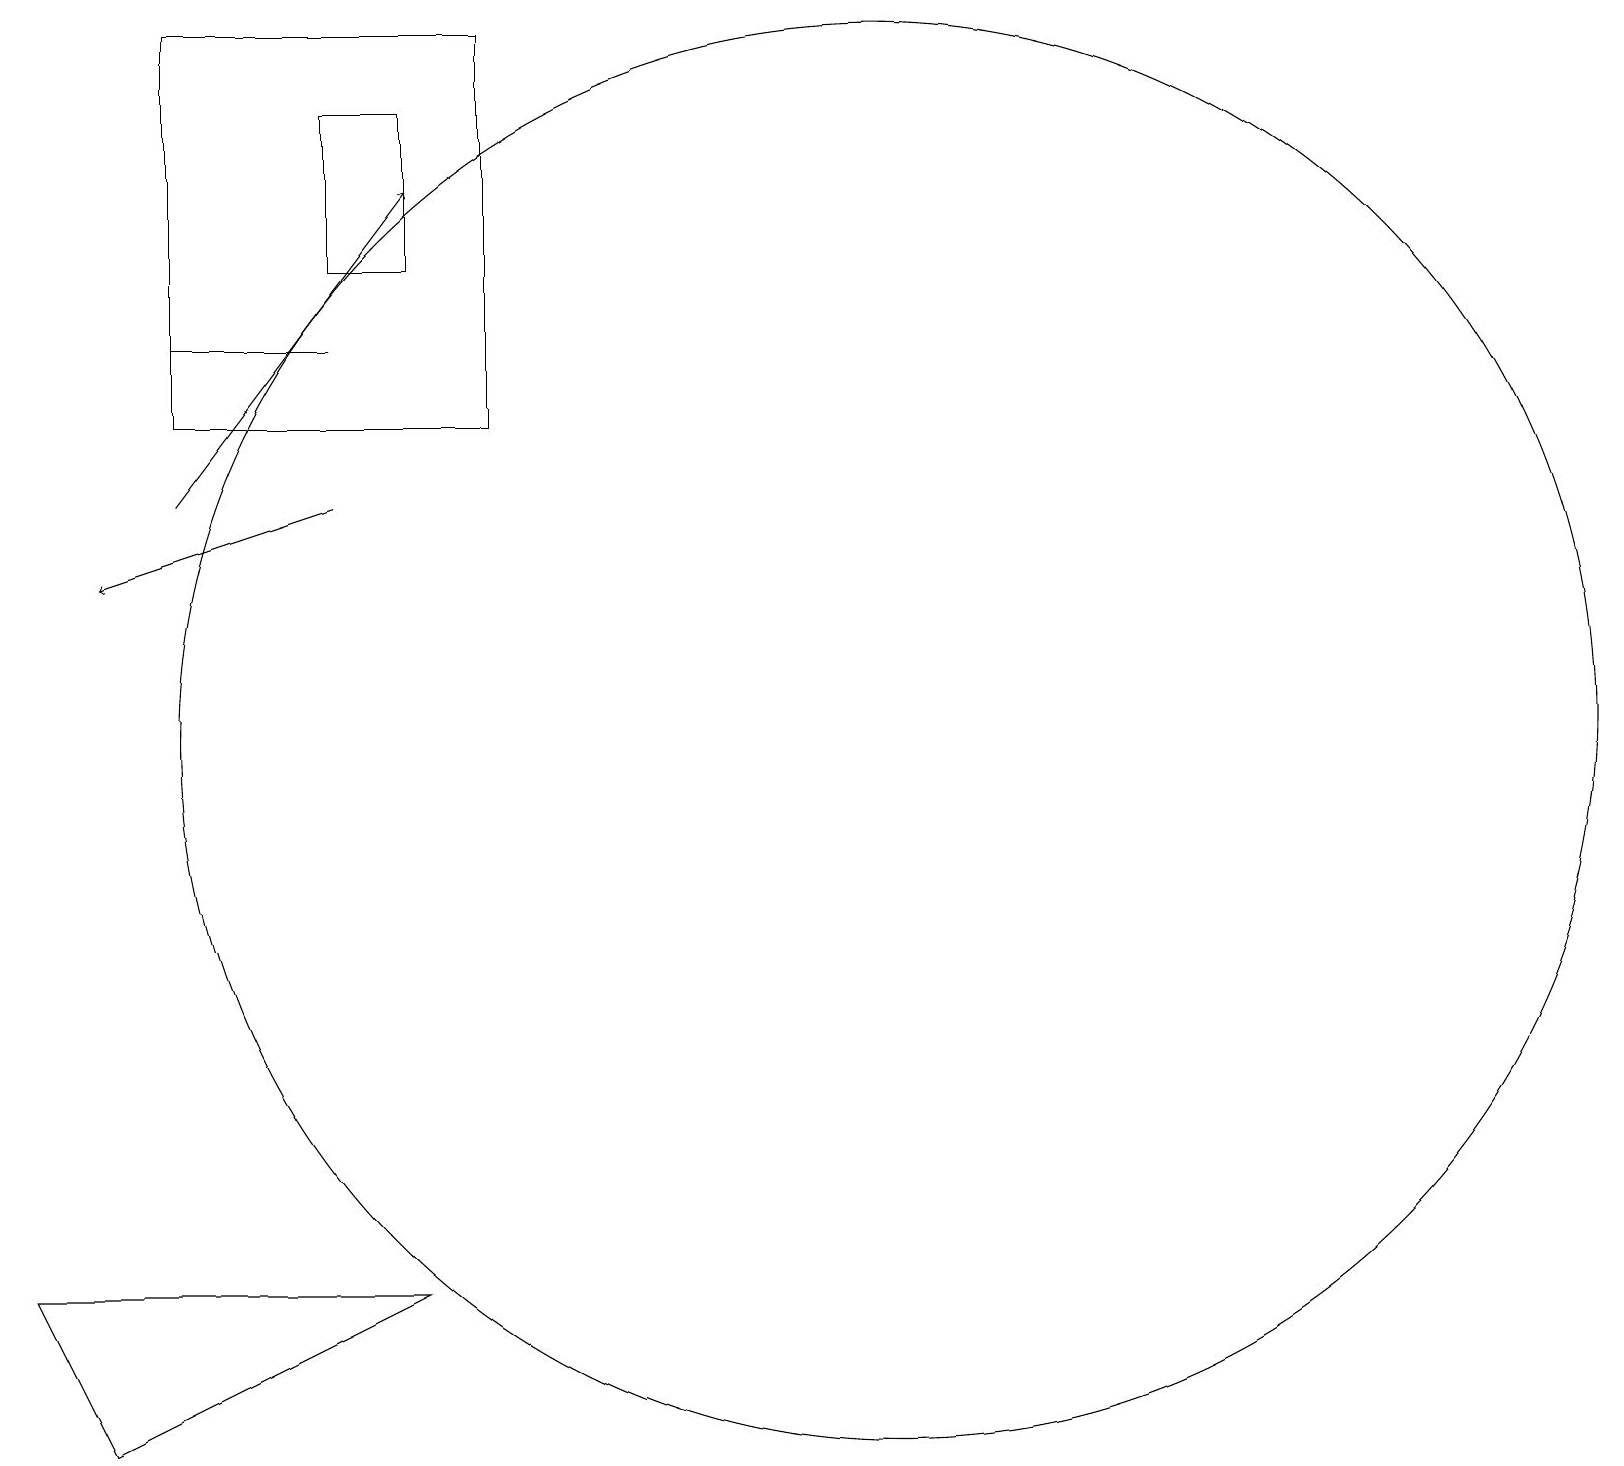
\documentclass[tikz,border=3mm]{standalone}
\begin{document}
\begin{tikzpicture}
\draw (12,10) circle (9);
\draw (6,18) rectangle (5,16);
\draw (5,15) rectangle (3,15);
\draw (11,11) circle (0);
\draw (3,14) rectangle (7,19);
\draw (6,3) -- (1,3) -- (2,1) -- cycle;
\draw[->] (3,13) -- (6,17);
\draw[->] (5,13) -- (2,12);
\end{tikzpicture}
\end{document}